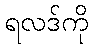
ရလဒ်ကို